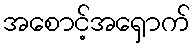
အစောင့်အရှောက်